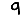
Digit: 9